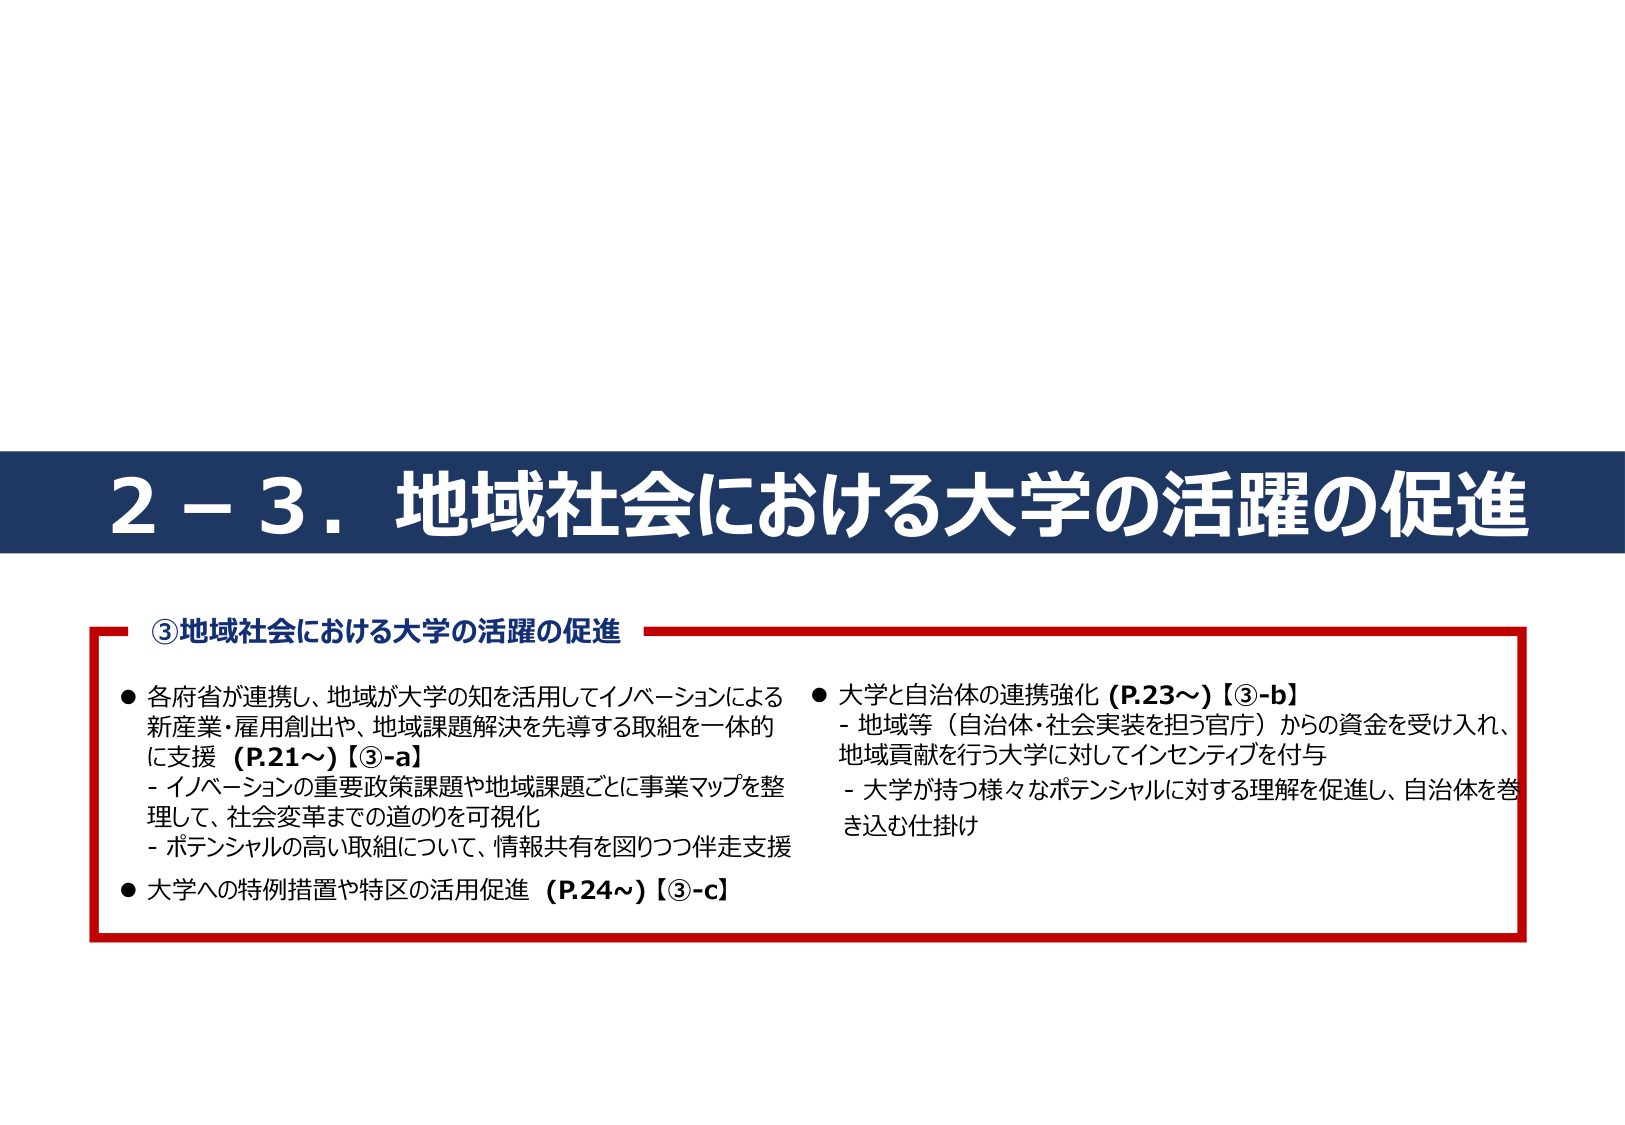
2－3．地域社会における大学の活躍の促進

③地域社会における大学の活躍の促進

● 各府省が連携し、地域が大学の知を活用してイノベーションによる新産業・雇用創出や、地域課題解決を先導する取組を一体的に支援（P.21～）【③-a】
- イノベーションの重要政策課題や地域課題ごとに事業マップを整理して、社会変革までの道のりを可視化
- ポテンシャルの高い取組について、情報共有を図りつつ伴走支援

● 大学への特例措置や特区の活用促進（P.24～）【③-c】

● 大学と自治体の連携強化（P.23～）【③-b】
- 地域等（自治体・社会実装を担う官庁）からの資金を受け入れ、地域貢献を行う大学に対してインセンティブを付与
- 大学が持つ様々なポテンシャルに対する理解を促進し、自治体を巻き込む仕掛け